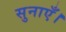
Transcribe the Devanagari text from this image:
सुनाएँ।